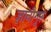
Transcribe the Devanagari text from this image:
ज्ञानीगुरु